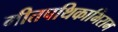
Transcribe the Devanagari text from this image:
गीतपथिकाभिराम